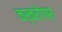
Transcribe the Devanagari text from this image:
कर्करोगास